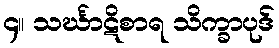
၄။ သင်္ဃာဋိစာရ သိက္ခာပုဒ်